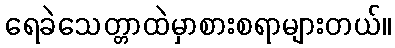
ရေခဲသေတ္တာထဲမှာစားစရာများတယ်။